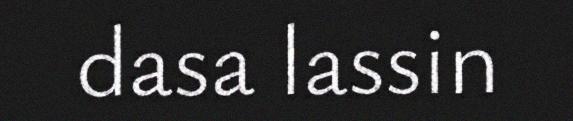
dasa lassin